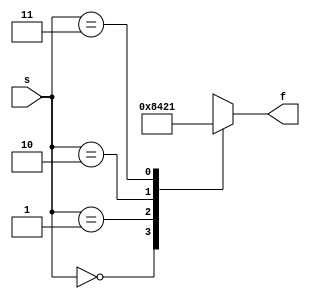
module decoder_2x4_case (
	input [1:0] s,
	output reg [0:3] f  // bits in ascending order (for example)
	);
		
	always @(*)
		case (s)
			0: f = 4'b1000; 
			1: f = 4'b0100;
			2: f = 4'b0010;
			3: f = 4'b0001; 
		endcase
endmodule